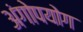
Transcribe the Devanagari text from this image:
अंगोपयोग